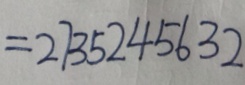
= 2 7 3 5 2 4 5 6 3 2